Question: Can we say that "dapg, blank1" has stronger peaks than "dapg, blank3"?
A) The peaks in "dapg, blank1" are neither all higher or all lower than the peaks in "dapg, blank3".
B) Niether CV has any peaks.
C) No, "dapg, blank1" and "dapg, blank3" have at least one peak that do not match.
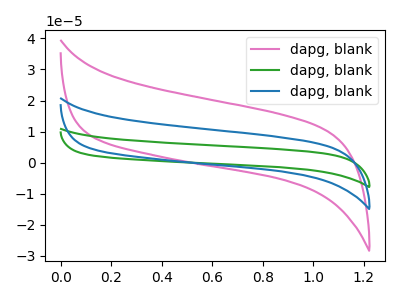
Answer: <think>The pink curve "dapg, blank1" has no peaks. The green curve "dapg, blank2" has no peaks. The blue curve "dapg, blank3" has no peaks.</think>
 <answer>B) Niether CV has any peaks.</answer>
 <eval>B</eval>